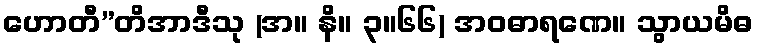
ဟောတီ”တိအာဒီသု (အ။ နိ။ ၃။၆၆) အဝဓာရဏေ။ သွာယမိဓ